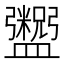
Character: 𬑂